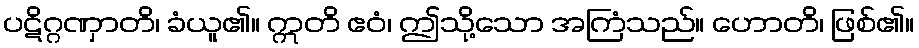
ပဋိဂ္ဂဏှာတိ၊ ခံယူ၏။ ဣတိ ဧဝံ၊ ဤသို့သော အကြံသည်။ ဟောတိ၊ ဖြစ်၏။